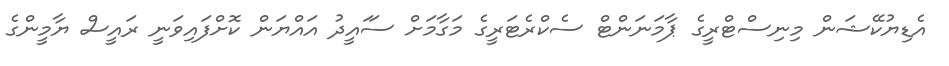
އެޑިޔުކޭޝަން މިނިސްޓްރީގެ ޕާމަނަންޓް ސެކްރެޓަރީގެ މަގާމަަށް ސަައީދު އައްޔަން ކޮށްފައިވަނީ ރައީސް ޔާމީންގެ